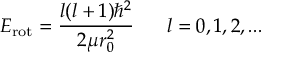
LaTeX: E _ { \mathrm { r o t } } = { \frac { l ( l + 1 ) \hbar ^ { 2 } } { 2 \mu r _ { 0 } ^ { 2 } } } \ \ \ \ \ l = 0 , 1 , 2 , . . .